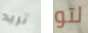
تريد لتو